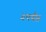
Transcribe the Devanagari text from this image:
३पर्यंत